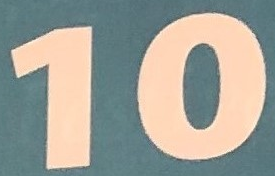
10